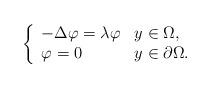
LaTeX: \begin{align*}\left\{\begin{array}{ll}-\Delta\varphi=\lambda\varphi & y\in \Omega,\\\varphi=0 & y\in\partial \Omega.\end{array}\right.\end{align*}